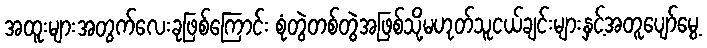
အထူးများအတွက်လေးခုဖြစ်ကြောင်း စုံတွဲတစ်တွဲအဖြစ်သို့မဟုတ်သူငယ်ချင်းများနှင့်အတူပျော်မွေ့